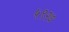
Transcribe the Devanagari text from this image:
५९२७